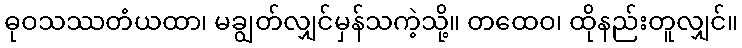
ဓုဝသဿတံယထာ၊ မချွတ်လျှင်မှန်သကဲ့သို့။ တထေဝ၊ ထိုနည်းတူလျှင်။